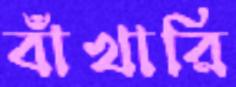
বাঁখারি